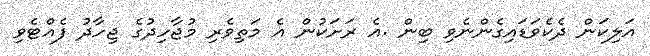
އަލިކަން ދެކެވަޑައިގެންނެވި ބިން .އެ ރަށަކުން އެ މަތިވެރި މުޖާހިދުގެ ޖިހާދު ފެއްޓެވި